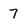
Character: 7